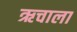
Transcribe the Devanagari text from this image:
ऋचाला